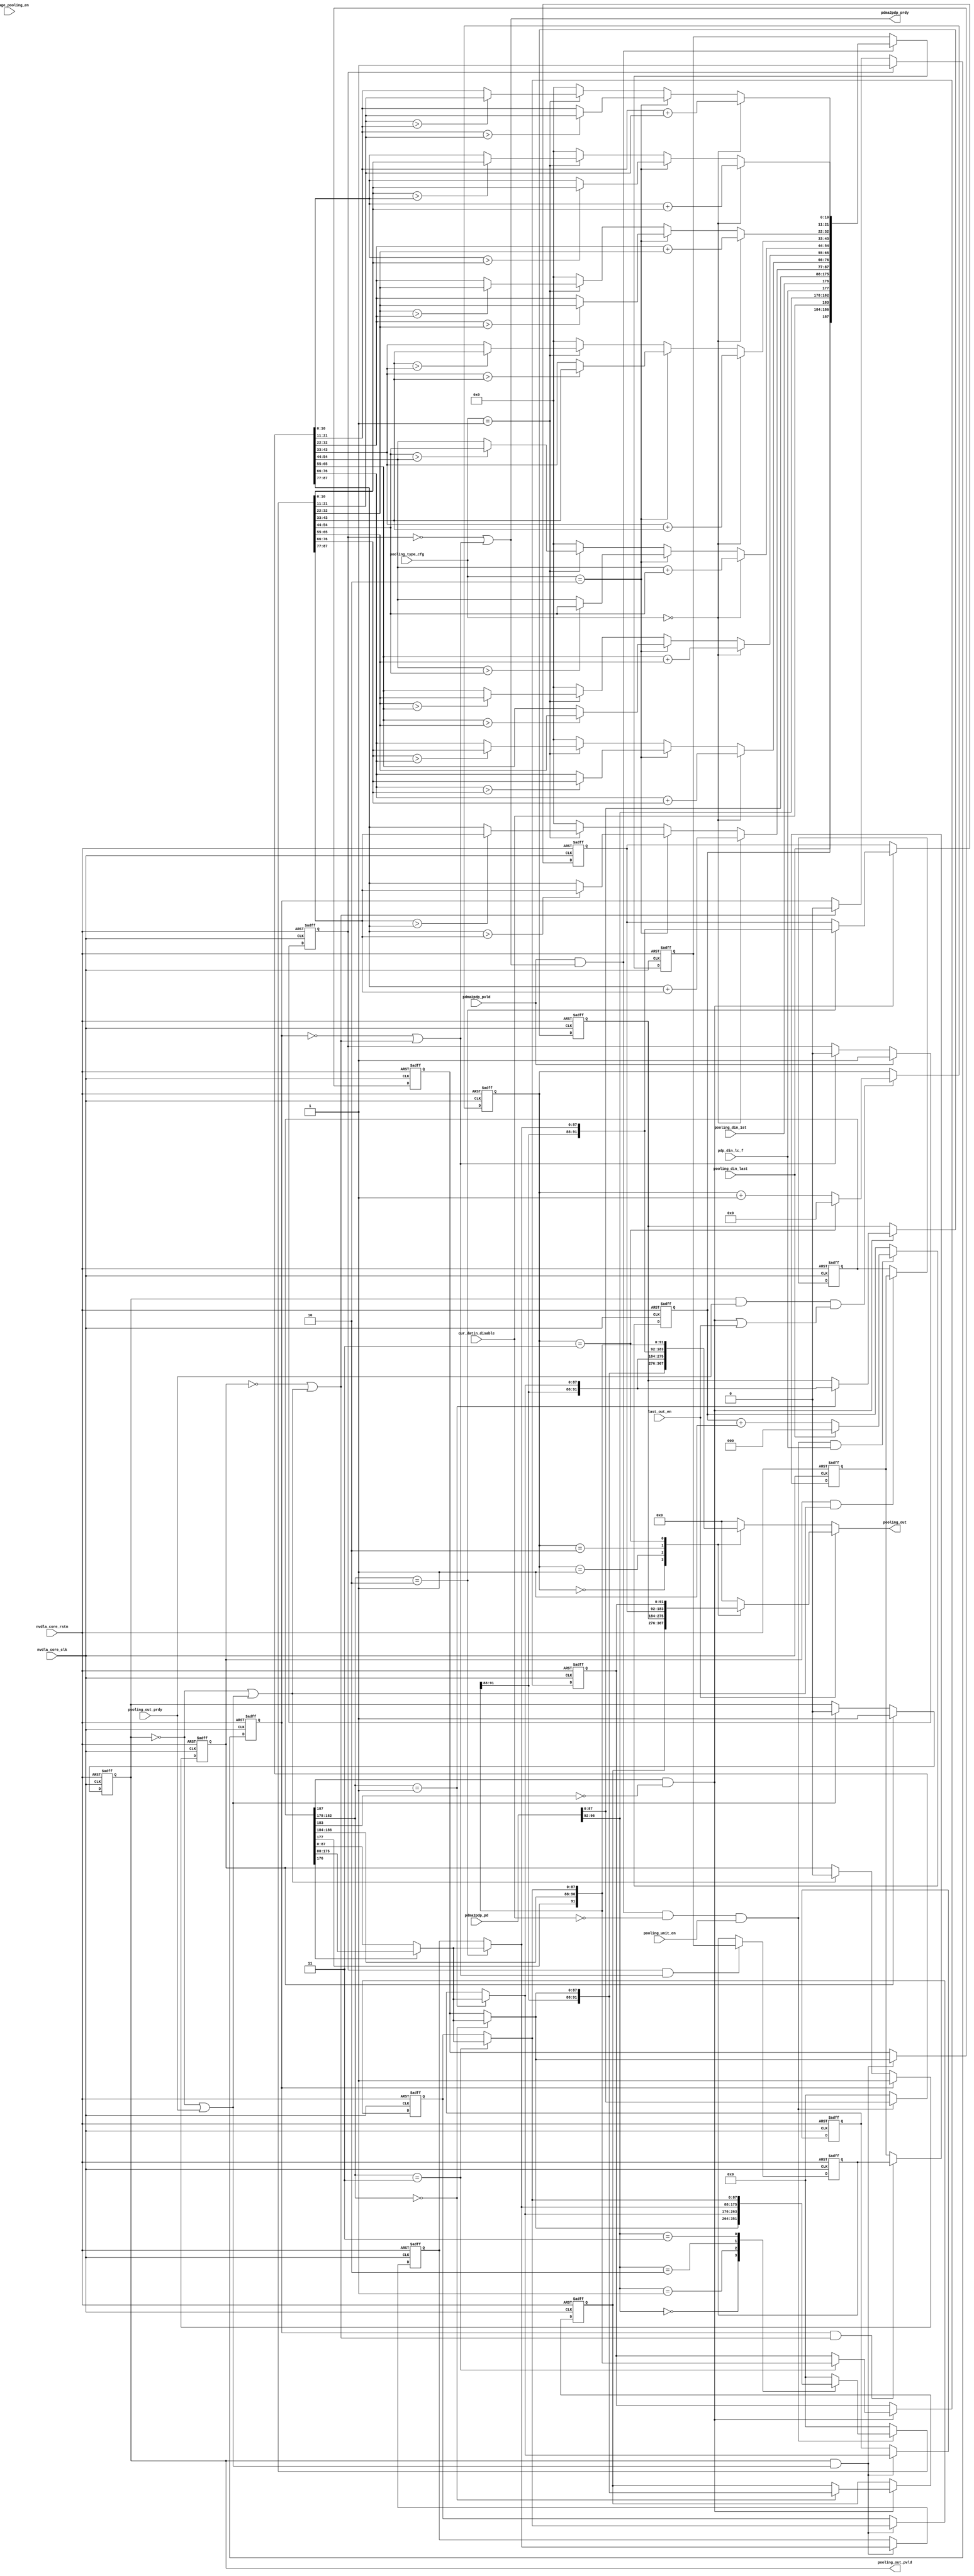
// ================================================================
// NVDLA Open Source Project
//
// Copyright(c) 2016 - 2017 NVIDIA Corporation. Licensed under the
// NVDLA Open Hardware License; Check "LICENSE" which comes with
// this distribution for more information.
// ================================================================
// ================================================================
// NVDLA Open Source Project
// 
// Copyright(c) 2016 - 2017 NVIDIA Corporation.  Licensed under the
// NVDLA Open Hardware License; Check "LICENSE" which comes with 
// this distribution for more information.
// ================================================================
/////////////////////////////////////////////////////////////
/////////////////////////////////////////////////////////////
//#ifdef NVDLA_FEATURE_DATA_TYPE_INT8
//#if ( NVDLA_PDP_THROUGHPUT  ==  8 )
//    #define LARGE_FIFO_RAM
//#endif
//#if ( NVDLA_PDP_THROUGHPUT == 1 )
//    #define SMALL_FIFO_RAM
//#endif
//#endif
module NV_NVDLA_PDP_CORE_unit1d (
   nvdla_core_clk //|< i
  ,nvdla_core_rstn //|< i
  ,average_pooling_en //|< i
  ,cur_datin_disable //|< i
  ,last_out_en //|< i
  ,pdma2pdp_pd //|< i
  ,pdma2pdp_pvld //|< i
  ,pdp_din_lc_f //|< i
  ,pooling_din_1st //|< i
  ,pooling_din_last //|< i
  ,pooling_out_prdy //|< i
  ,pooling_type_cfg //|< i
  ,pooling_unit_en //|< i
// ,reg2dp_int16_en //|< i
// ,reg2dp_int8_en //|< i
  ,pdma2pdp_prdy //|> o
  ,pooling_out //|> o
  ,pooling_out_pvld //|> o
  );
//////////////////////////////////////////////////////////////////////////////////
input nvdla_core_clk;
input nvdla_core_rstn;
input average_pooling_en;
input cur_datin_disable;
input last_out_en;
input [8*(8 +3)+8:0] pdma2pdp_pd;
input pdma2pdp_pvld;
input pdp_din_lc_f;
input pooling_din_1st;
input pooling_din_last;
input pooling_out_prdy;
input [1:0] pooling_type_cfg;
input pooling_unit_en;
//input reg2dp_int16_en;
//input reg2dp_int8_en;
output pdma2pdp_prdy;
output [8*(8 +3)+3:0] pooling_out;
output pooling_out_pvld;
//////////////////////////////////////////////////////////////////////////////////
wire add_out_rdy;
wire add_out_vld;
wire [4:0] buf_sel;
wire [4:0] buf_sel_sync;
wire [4:0] buf_sel_sync_use;
wire [4:0] buf_sel_sync_use_d4;
wire cur_datin_disable_sync;
wire cur_datin_disable_sync_use;
wire cur_datin_disable_sync_use_d4;
wire data_buf_lc;
wire data_buf_lc_d4;
wire [8*(8 +3)-1:0] datain_ext;
wire [8*(8 +3)-1:0] datain_ext_sync;
//wire [16:0] fp16_pool_sum_0;
//wire [16:0] fp16_pool_sum_1;
//wire [16:0] fp16_pool_sum_2;
//wire [16:0] fp16_pool_sum_3;
//wire fp16_pool_sum_prdy;
//wire fp16_pool_sum_pvld;
//wire fp_addin_rdy;
//wire fp_addin_vld;
//wire [87:0] fp_cur_pooling_dat;
//wire [87:0] fp_datain_ext;
//wire fp_mean_pool_cfg;
//wire [67:0] fp_pool_sum;
//wire [67:0] fp_pool_sum_result0;
//wire [67:0] fp_pool_sum_result1;
//wire [67:0] fp_pool_sum_result2;
//wire [67:0] fp_pool_sum_result3;
//wire [87:0] fp_pool_sum_use0;
//wire [87:0] fp_pool_sum_use1;
//wire [87:0] fp_pool_sum_use2;
//wire [87:0] fp_pool_sum_use3;
wire [8*(8 +3)-1:0] int_pool_cur_dat;
wire [8*(8 +3)-1:0] int_pool_datin_ext;
wire [8*(8 +3)-1:0] int_pooling;
wire [8*(8 +3)-1:0] int_pooling_sync;
wire load_din;
wire pdma2pdp_prdy_f;
wire [4:0] pdp_din_cpos;
wire pdp_din_lc_f_sync;
wire [3:0] pdp_din_wpos;
wire pipe_in_rdy;
wire pipe_out_rdy;
wire pipe_out_vld;
wire pool_fun_vld;
wire pooling_din_1st_sync;
wire pooling_din_last_sync;
wire pooling_din_last_sync_use;
wire pooling_din_last_sync_use_d4;
wire [2:0] pooling_out_size;
wire [2:0] pooling_out_size_sync;
wire [2:0] pooling_out_size_sync_use;
wire [2:0] pooling_out_size_sync_use_d4;
wire pooling_out_vld;
wire [8*(8 +3)-1:0] pooling_result;
reg [8*(8 +3)-1:0] cur_pooling_dat;
//reg [67:0] fp_pool_sum_result0_d3;
//reg [67:0] fp_pool_sum_result0_d4;
//reg [67:0] fp_pool_sum_result1_d3;
//reg [67:0] fp_pool_sum_result1_d4;
//reg [67:0] fp_pool_sum_result2_d3;
//reg [67:0] fp_pool_sum_result2_d4;
//reg [67:0] fp_pool_sum_result3_d3;
//reg [67:0] fp_pool_sum_result3_d4;
//: my $bw = 8*(8 +3);
//: my $k = int(32 / 8);
//: foreach my $m (0..$k-1) {
//: print "reg     [${bw}-1:0] latch_result${m}_d3; \n";
//: print "reg     [${bw}+3:0] flush_out${m}; \n";
//: print "wire    [${bw}-1:0] data_buf${m}; \n";
//: print "wire    [${bw}-1:0] latch_result${m}; \n";
//: print "wire    [${bw}-1:0] latch_result${m}_d4; \n";
//: }
//| eperl: generated_beg (DO NOT EDIT BELOW)
reg     [88-1:0] latch_result0_d3; 
reg     [88+3:0] flush_out0; 
wire    [88-1:0] data_buf0; 
wire    [88-1:0] latch_result0; 
wire    [88-1:0] latch_result0_d4; 
reg     [88-1:0] latch_result1_d3; 
reg     [88+3:0] flush_out1; 
wire    [88-1:0] data_buf1; 
wire    [88-1:0] latch_result1; 
wire    [88-1:0] latch_result1_d4; 
reg     [88-1:0] latch_result2_d3; 
reg     [88+3:0] flush_out2; 
wire    [88-1:0] data_buf2; 
wire    [88-1:0] latch_result2; 
wire    [88-1:0] latch_result2_d4; 
reg     [88-1:0] latch_result3_d3; 
reg     [88+3:0] flush_out3; 
wire    [88-1:0] data_buf3; 
wire    [88-1:0] latch_result3; 
wire    [88-1:0] latch_result3_d4; 

//| eperl: generated_end (DO NOT EDIT ABOVE)
reg [4:0] pooling_cnt;
reg [8*(8 +3)+3:0] pooling_out;
reg [2:0] pooling_size;
//////////////////////////////////////////////////////////////////////////////////
//=======================================================
//1D pooling unit
//-------------------------------------------------------
//assign fp_mean_pool_cfg = (reg2dp_fp16_en & average_pooling_en);
// interface
assign pdp_din_wpos = pdma2pdp_pd[8*(8 +3)+3:8*(8 +3)];
assign pdp_din_cpos = pdma2pdp_pd[8*(8 +3)+8:8*(8 +3)+4];
assign buf_sel = pdp_din_cpos;
assign load_din = pdma2pdp_pvld & pdma2pdp_prdy_f & (~cur_datin_disable) & pooling_unit_en;
assign pdma2pdp_prdy_f = pipe_in_rdy;
assign pdma2pdp_prdy = pdma2pdp_prdy_f;
//=========================================================
//POOLING FUNCTION DEFINITION
//
//---- -----------------------------------------------------
//: my $k = 8 +3;
//: print qq(
//: function [${k}-1:0] pooling_MIN;
//: input[${k}-1:0] data0;
//: input[${k}-1:0] data1;
//: );
//| eperl: generated_beg (DO NOT EDIT BELOW)

function [11-1:0] pooling_MIN;
input[11-1:0] data0;
input[11-1:0] data1;

//| eperl: generated_end (DO NOT EDIT ABOVE)
   reg min_int_ff;
  begin
      min_int_ff = ($signed(data1)> $signed(data0)) ;
      pooling_MIN = (min_int_ff ) ? data0 : data1;
  end
 endfunction
//: my $k = 8 +3;
//: print qq(
//: function [${k}-1:0] pooling_MAX;
//: input[${k}-1:0] data0;
//: input[${k}-1:0] data1;
//: );
//| eperl: generated_beg (DO NOT EDIT BELOW)

function [11-1:0] pooling_MAX;
input[11-1:0] data0;
input[11-1:0] data1;

//| eperl: generated_end (DO NOT EDIT ABOVE)
      reg max_int_ff;
      begin
      max_int_ff = ($signed(data0)> $signed(data1)) ;
      pooling_MAX = (max_int_ff ) ? data0 : data1;
  end
 endfunction
//: my $k = 8 +3;
//: print qq(
//: function [${k}-1:0] pooling_SUM;
//: input[${k}-1:0] data0;
//: input[${k}-1:0] data1;
//: );
//| eperl: generated_beg (DO NOT EDIT BELOW)

function [11-1:0] pooling_SUM;
input[11-1:0] data0;
input[11-1:0] data1;

//| eperl: generated_end (DO NOT EDIT ABOVE)
   begin
//spyglass disable_block W484
      pooling_SUM = $signed(data1) + $signed(data0);
//spyglass enable_block W484
  end
 endfunction
//pooling result
//: my $k = 8*(8 +3);
//: print qq(
//: function [${k}-1:0] pooling_fun;
//: input[${k}-1:0] data0;
//: input[${k}-1:0] data1;
//: );
//| eperl: generated_beg (DO NOT EDIT BELOW)

function [88-1:0] pooling_fun;
input[88-1:0] data0;
input[88-1:0] data1;

//| eperl: generated_end (DO NOT EDIT ABOVE)
  input[1:0] pooling_type;
  reg min_pooling;
  reg max_pooling;
  reg mean_pooling;
  begin
     min_pooling = (pooling_type== 2'h2 );
     max_pooling = (pooling_type== 2'h1 );
     mean_pooling = (pooling_type== 2'h0 );
//: my $K = 8;
//: my $P = (8 +3);
//: foreach my $m (0..$K-1) {
//: print qq(
//: pooling_fun[${P}*${m}+${P}-1:${P}*${m}] = mean_pooling? pooling_SUM(data0[${P}*${m}+${P}-1:${P}*${m}],data1[${P}*${m}+${P}-1:${P}*${m}]) :
//: min_pooling ? (pooling_MIN(data0[${P}*${m}+${P}-1:${P}*${m}],data1[${P}*${m}+${P}-1:${P}*${m}])) :
//: max_pooling ? (pooling_MAX(data0[${P}*${m}+${P}-1:${P}*${m}],data1[${P}*${m}+${P}-1:${P}*${m}])) : 0;
//: );
//: }
//| eperl: generated_beg (DO NOT EDIT BELOW)

pooling_fun[11*0+11-1:11*0] = mean_pooling? pooling_SUM(data0[11*0+11-1:11*0],data1[11*0+11-1:11*0]) :
min_pooling ? (pooling_MIN(data0[11*0+11-1:11*0],data1[11*0+11-1:11*0])) :
max_pooling ? (pooling_MAX(data0[11*0+11-1:11*0],data1[11*0+11-1:11*0])) : 0;

pooling_fun[11*1+11-1:11*1] = mean_pooling? pooling_SUM(data0[11*1+11-1:11*1],data1[11*1+11-1:11*1]) :
min_pooling ? (pooling_MIN(data0[11*1+11-1:11*1],data1[11*1+11-1:11*1])) :
max_pooling ? (pooling_MAX(data0[11*1+11-1:11*1],data1[11*1+11-1:11*1])) : 0;

pooling_fun[11*2+11-1:11*2] = mean_pooling? pooling_SUM(data0[11*2+11-1:11*2],data1[11*2+11-1:11*2]) :
min_pooling ? (pooling_MIN(data0[11*2+11-1:11*2],data1[11*2+11-1:11*2])) :
max_pooling ? (pooling_MAX(data0[11*2+11-1:11*2],data1[11*2+11-1:11*2])) : 0;

pooling_fun[11*3+11-1:11*3] = mean_pooling? pooling_SUM(data0[11*3+11-1:11*3],data1[11*3+11-1:11*3]) :
min_pooling ? (pooling_MIN(data0[11*3+11-1:11*3],data1[11*3+11-1:11*3])) :
max_pooling ? (pooling_MAX(data0[11*3+11-1:11*3],data1[11*3+11-1:11*3])) : 0;

pooling_fun[11*4+11-1:11*4] = mean_pooling? pooling_SUM(data0[11*4+11-1:11*4],data1[11*4+11-1:11*4]) :
min_pooling ? (pooling_MIN(data0[11*4+11-1:11*4],data1[11*4+11-1:11*4])) :
max_pooling ? (pooling_MAX(data0[11*4+11-1:11*4],data1[11*4+11-1:11*4])) : 0;

pooling_fun[11*5+11-1:11*5] = mean_pooling? pooling_SUM(data0[11*5+11-1:11*5],data1[11*5+11-1:11*5]) :
min_pooling ? (pooling_MIN(data0[11*5+11-1:11*5],data1[11*5+11-1:11*5])) :
max_pooling ? (pooling_MAX(data0[11*5+11-1:11*5],data1[11*5+11-1:11*5])) : 0;

pooling_fun[11*6+11-1:11*6] = mean_pooling? pooling_SUM(data0[11*6+11-1:11*6],data1[11*6+11-1:11*6]) :
min_pooling ? (pooling_MIN(data0[11*6+11-1:11*6],data1[11*6+11-1:11*6])) :
max_pooling ? (pooling_MAX(data0[11*6+11-1:11*6],data1[11*6+11-1:11*6])) : 0;

pooling_fun[11*7+11-1:11*7] = mean_pooling? pooling_SUM(data0[11*7+11-1:11*7],data1[11*7+11-1:11*7]) :
min_pooling ? (pooling_MIN(data0[11*7+11-1:11*7],data1[11*7+11-1:11*7])) :
max_pooling ? (pooling_MAX(data0[11*7+11-1:11*7],data1[11*7+11-1:11*7])) : 0;

//| eperl: generated_end (DO NOT EDIT ABOVE)
  end
endfunction
//=========================================================
// pooling real size
//
//---------------------------------------------------------
always @(posedge nvdla_core_clk or negedge nvdla_core_rstn) begin
  if (!nvdla_core_rstn) begin
    pooling_size[2:0] <= {3{1'b0}};
  end else begin
    if(load_din & pdp_din_lc_f) begin
        if(pooling_din_last)
            pooling_size[2:0] <= 3'd0;
        else
            pooling_size[2:0] <= pooling_size + 1;
    end
  end
end
assign pooling_out_size = pooling_size;
////====================================================================
//// pooling data 
////
////--------------------------------------------------------------------
assign datain_ext = pdma2pdp_pd[8*(8 +3)-1:0];
always @(*) begin
    case(buf_sel)
//: my $k = int(32 / 8);
//: foreach my $m (0..$k-1) {
//: print "5'd${m}:   cur_pooling_dat = data_buf${m}; \n";
//: }
//| eperl: generated_beg (DO NOT EDIT BELOW)
5'd0:   cur_pooling_dat = data_buf0; 
5'd1:   cur_pooling_dat = data_buf1; 
5'd2:   cur_pooling_dat = data_buf2; 
5'd3:   cur_pooling_dat = data_buf3; 

//| eperl: generated_end (DO NOT EDIT ABOVE)
//VCS coverage off
       default: cur_pooling_dat = 0;
//VCS coverage on
    endcase
end
//--------------------------------------------------------------------
//pooling function for fp16 average mode
//assign fp_datain_ext = datain_ext[87:0] ;
//assign fp_cur_pooling_dat = cur_pooling_dat[87:0];
//
//assign fp_addin_vld = pdma2pdp_pvld & pipe_in_rdy & fp_mean_pool_cfg;
//cal1d_fp16_pool_sum u_cal1d_fp16_pool_sum (
// .inp_a_0 (fp_cur_pooling_dat[16:0]) //|< w
// ,.inp_a_1 (fp_cur_pooling_dat[38:22]) //|< w
// ,.inp_a_2 (fp_cur_pooling_dat[60:44]) //|< w
// ,.inp_a_3 (fp_cur_pooling_dat[82:66]) //|< w
// ,.inp_b_0 (fp_datain_ext[16:0]) //|< w
// ,.inp_b_1 (fp_datain_ext[38:22]) //|< w
// ,.inp_b_2 (fp_datain_ext[60:44]) //|< w
// ,.inp_b_3 (fp_datain_ext[82:66]) //|< w
// ,.inp_in_pvld (fp_addin_vld) //|< w
// ,.inp_out_prdy (fp16_pool_sum_prdy) //|< w
// ,.nvdla_core_rstn (nvdla_core_rstn) //|< i
// ,.nvdla_op_gated_clk_fp16 (nvdla_op_gated_clk_fp16) //|< i
// ,.inp_in_prdy (fp_addin_rdy) //|> w
// ,.inp_out_pvld (fp16_pool_sum_pvld) //|> w
// ,.out_z_0 (fp16_pool_sum_0[16:0]) //|> w
// ,.out_z_1 (fp16_pool_sum_1[16:0]) //|> w
// ,.out_z_2 (fp16_pool_sum_2[16:0]) //|> w
// ,.out_z_3 (fp16_pool_sum_3[16:0]) //|> w
// );
//assign fp_pool_sum = {fp16_pool_sum_3,fp16_pool_sum_2,fp16_pool_sum_1,fp16_pool_sum_0};
////////////////////
//below value 4 means NVDLA_HLS_ADD17_LATENCY
//: my $STAGE = 4;
//: my $WID = 8*(8 +3)*2 + 12;
//: print qq(
//: wire [${WID}-1:0] pipe_out_pd;
//: wire [${WID}-1:0] pipe_dp_0;
//: wire pipe_vld_0;
//: wire pipe_rdy_$STAGE;
//: assign pipe_vld_0 = pdma2pdp_pvld;
//: assign pipe_dp_0 = {pooling_din_last,pooling_out_size[2:0],cur_datin_disable,buf_sel[4:0],pdp_din_lc_f,pooling_din_1st,datain_ext,int_pooling};
//: );
//: foreach my $m (0..$STAGE-1) {
//: my $n = $m+1;
//: print qq(
//: wire pipe_rdy_$m;
//: reg pipe_vld_$n;
//: reg [$WID-1:0] pipe_dp_$n;
//: );
//: }
//: foreach my $m (0..$STAGE-1) {
//: my $n = $m+1;
//: print qq(
//: assign pipe_rdy_$m = ~pipe_vld_$n || pipe_rdy_$n;
//: always @(posedge nvdla_core_clk or negedge nvdla_core_rstn)
//: begin
//: if (!nvdla_core_rstn)
//: pipe_vld_$n <= 1'b0;
//: else if(pipe_vld_$m)
//: pipe_vld_$n <= 1'b1;
//: else if(pipe_rdy_$n)
//: pipe_vld_$n <= 1'b0;
//: end
//: always @(posedge nvdla_core_clk or negedge nvdla_core_rstn)
//: begin
//: if (!nvdla_core_rstn)
//: pipe_dp_$n <= ${WID}'d0;
//: else if(pipe_vld_${m} & pipe_rdy_${m})
//: pipe_dp_$n <= pipe_dp_$m;
//: end
//: );
//: }
//: print qq(
//: assign pipe_rdy_$STAGE = pipe_out_rdy;
//: assign pipe_out_vld = pipe_vld_$STAGE;
//: assign pipe_out_pd = pipe_dp_$STAGE;
//: );
//| eperl: generated_beg (DO NOT EDIT BELOW)

wire [188-1:0] pipe_out_pd;
wire [188-1:0] pipe_dp_0;
wire pipe_vld_0;
wire pipe_rdy_4;
assign pipe_vld_0 = pdma2pdp_pvld;
assign pipe_dp_0 = {pooling_din_last,pooling_out_size[2:0],cur_datin_disable,buf_sel[4:0],pdp_din_lc_f,pooling_din_1st,datain_ext,int_pooling};

wire pipe_rdy_0;
reg pipe_vld_1;
reg [188-1:0] pipe_dp_1;

wire pipe_rdy_1;
reg pipe_vld_2;
reg [188-1:0] pipe_dp_2;

wire pipe_rdy_2;
reg pipe_vld_3;
reg [188-1:0] pipe_dp_3;

wire pipe_rdy_3;
reg pipe_vld_4;
reg [188-1:0] pipe_dp_4;

assign pipe_rdy_0 = ~pipe_vld_1 || pipe_rdy_1;
always @(posedge nvdla_core_clk or negedge nvdla_core_rstn)
begin
if (!nvdla_core_rstn)
pipe_vld_1 <= 1'b0;
else if(pipe_vld_0)
pipe_vld_1 <= 1'b1;
else if(pipe_rdy_1)
pipe_vld_1 <= 1'b0;
end
always @(posedge nvdla_core_clk or negedge nvdla_core_rstn)
begin
if (!nvdla_core_rstn)
pipe_dp_1 <= 188'd0;
else if(pipe_vld_0 & pipe_rdy_0)
pipe_dp_1 <= pipe_dp_0;
end

assign pipe_rdy_1 = ~pipe_vld_2 || pipe_rdy_2;
always @(posedge nvdla_core_clk or negedge nvdla_core_rstn)
begin
if (!nvdla_core_rstn)
pipe_vld_2 <= 1'b0;
else if(pipe_vld_1)
pipe_vld_2 <= 1'b1;
else if(pipe_rdy_2)
pipe_vld_2 <= 1'b0;
end
always @(posedge nvdla_core_clk or negedge nvdla_core_rstn)
begin
if (!nvdla_core_rstn)
pipe_dp_2 <= 188'd0;
else if(pipe_vld_1 & pipe_rdy_1)
pipe_dp_2 <= pipe_dp_1;
end

assign pipe_rdy_2 = ~pipe_vld_3 || pipe_rdy_3;
always @(posedge nvdla_core_clk or negedge nvdla_core_rstn)
begin
if (!nvdla_core_rstn)
pipe_vld_3 <= 1'b0;
else if(pipe_vld_2)
pipe_vld_3 <= 1'b1;
else if(pipe_rdy_3)
pipe_vld_3 <= 1'b0;
end
always @(posedge nvdla_core_clk or negedge nvdla_core_rstn)
begin
if (!nvdla_core_rstn)
pipe_dp_3 <= 188'd0;
else if(pipe_vld_2 & pipe_rdy_2)
pipe_dp_3 <= pipe_dp_2;
end

assign pipe_rdy_3 = ~pipe_vld_4 || pipe_rdy_4;
always @(posedge nvdla_core_clk or negedge nvdla_core_rstn)
begin
if (!nvdla_core_rstn)
pipe_vld_4 <= 1'b0;
else if(pipe_vld_3)
pipe_vld_4 <= 1'b1;
else if(pipe_rdy_4)
pipe_vld_4 <= 1'b0;
end
always @(posedge nvdla_core_clk or negedge nvdla_core_rstn)
begin
if (!nvdla_core_rstn)
pipe_dp_4 <= 188'd0;
else if(pipe_vld_3 & pipe_rdy_3)
pipe_dp_4 <= pipe_dp_3;
end

assign pipe_rdy_4 = pipe_out_rdy;
assign pipe_out_vld = pipe_vld_4;
assign pipe_out_pd = pipe_dp_4;

//| eperl: generated_end (DO NOT EDIT ABOVE)
assign pipe_in_rdy = pipe_rdy_0;
//////::dla_pipe -stages NVDLA_HLS_ADD17_LATENCY -i pipe_in -o pipe_out -width 185;
assign pipe_out_rdy = add_out_rdy;
//assign fp16_pool_sum_prdy = fp_mean_pool_cfg & add_out_rdy & pipe_out_vld;
assign add_out_vld = pipe_out_vld;
assign add_out_rdy = ~pooling_out_vld | pooling_out_prdy;
////////////////////
assign int_pooling_sync = pipe_out_pd[8*(8 +3)-1:0];
assign datain_ext_sync = pipe_out_pd[8*(8 +3)*2-1:8*(8 +3)];
assign pooling_din_1st_sync = pipe_out_pd[8*(8 +3)*2];
assign pdp_din_lc_f_sync = pipe_out_pd[8*(8 +3)*2+1];
assign buf_sel_sync = pipe_out_pd[8*(8 +3)*2+6:8*(8 +3)*2+2];
assign cur_datin_disable_sync= pipe_out_pd[8*(8 +3)*2+7];
assign pooling_out_size_sync = pipe_out_pd[8*(8 +3)*2+10:8*(8 +3)*2+8];
assign pooling_din_last_sync = pipe_out_pd[8*(8 +3)*2+11];
////////////////////
////for NVDLA_HLS_ADD17_LATENCY==3
//always @(posedge nvdla_core_clk or negedge nvdla_core_rstn) begin
// if (!nvdla_core_rstn) begin
// fp_pool_sum_result0_d3 <= {68{1'b0}};
// fp_pool_sum_result1_d3 <= {68{1'b0}};
// fp_pool_sum_result2_d3 <= {68{1'b0}};
// fp_pool_sum_result3_d3 <= {68{1'b0}};
// end else begin
// if(add_out_vld & add_out_rdy) begin
// if(pooling_din_1st_sync) begin
// case(buf_sel_sync)
// 2'd0: fp_pool_sum_result0_d3 <= {datain_ext_sync[82:66],datain_ext_sync[60:44],datain_ext_sync[38:22],datain_ext_sync[16:0]};
// 2'd1: fp_pool_sum_result1_d3 <= {datain_ext_sync[82:66],datain_ext_sync[60:44],datain_ext_sync[38:22],datain_ext_sync[16:0]};
// 2'd2: fp_pool_sum_result2_d3 <= {datain_ext_sync[82:66],datain_ext_sync[60:44],datain_ext_sync[38:22],datain_ext_sync[16:0]};
// 2'd3: fp_pool_sum_result3_d3 <= {datain_ext_sync[82:66],datain_ext_sync[60:44],datain_ext_sync[38:22],datain_ext_sync[16:0]};
// //VCS coverage off
// default: begin
// fp_pool_sum_result0_d3 <= fp_pool_sum_result0_d3;
// fp_pool_sum_result1_d3 <= fp_pool_sum_result1_d3;
// fp_pool_sum_result2_d3 <= fp_pool_sum_result2_d3;
// fp_pool_sum_result3_d3 <= fp_pool_sum_result3_d3;
// end
// //VCS coverage on
// endcase
// end else begin
// case(buf_sel_sync)
// 2'd0: fp_pool_sum_result0_d3 <= fp_pool_sum;
// 2'd1: fp_pool_sum_result1_d3 <= fp_pool_sum;
// 2'd2: fp_pool_sum_result2_d3 <= fp_pool_sum;
// 2'd3: fp_pool_sum_result3_d3 <= fp_pool_sum;
// //VCS coverage off
// default: begin
// fp_pool_sum_result0_d3 <= fp_pool_sum_result0_d3;
// fp_pool_sum_result1_d3 <= fp_pool_sum_result1_d3;
// fp_pool_sum_result2_d3 <= fp_pool_sum_result2_d3;
// fp_pool_sum_result3_d3 <= fp_pool_sum_result3_d3;
// end
// //VCS coverage on
// endcase
// end
// end
// end
//end
//
////for NVDLA_HLS_ADD17_LATENCY==4
//always @(
// pooling_din_1st_sync
// or buf_sel_sync
// or datain_ext_sync
// or fp_pool_sum_result0_d3
// or fp_pool_sum_result1_d3
// or fp_pool_sum_result2_d3
// or fp_pool_sum_result3_d3
// or fp_pool_sum
// ) begin
// if(pooling_din_1st_sync) begin
// fp_pool_sum_result0_d4 = (buf_sel_sync==2'd0)? {datain_ext_sync[82:66],datain_ext_sync[60:44],datain_ext_sync[38:22],datain_ext_sync[16:0]} : fp_pool_sum_result0_d3;
// fp_pool_sum_result1_d4 = (buf_sel_sync==2'd1)? {datain_ext_sync[82:66],datain_ext_sync[60:44],datain_ext_sync[38:22],datain_ext_sync[16:0]} : fp_pool_sum_result1_d3;
// fp_pool_sum_result2_d4 = (buf_sel_sync==2'd2)? {datain_ext_sync[82:66],datain_ext_sync[60:44],datain_ext_sync[38:22],datain_ext_sync[16:0]} : fp_pool_sum_result2_d3;
// fp_pool_sum_result3_d4 = (buf_sel_sync==2'd3)? {datain_ext_sync[82:66],datain_ext_sync[60:44],datain_ext_sync[38:22],datain_ext_sync[16:0]} : fp_pool_sum_result3_d3;
// end else begin
// fp_pool_sum_result0_d4 = (buf_sel_sync==2'd0)? fp_pool_sum : fp_pool_sum_result0_d3;
// fp_pool_sum_result1_d4 = (buf_sel_sync==2'd1)? fp_pool_sum : fp_pool_sum_result1_d3;
// fp_pool_sum_result2_d4 = (buf_sel_sync==2'd2)? fp_pool_sum : fp_pool_sum_result2_d3;
// fp_pool_sum_result3_d4 = (buf_sel_sync==2'd3)? fp_pool_sum : fp_pool_sum_result3_d3;
// end
//end
//
//assign fp_pool_sum_result0 = fp_pool_sum_result0_d4;
//assign fp_pool_sum_result1 = fp_pool_sum_result1_d4;
//assign fp_pool_sum_result2 = fp_pool_sum_result2_d4;
//assign fp_pool_sum_result3 = fp_pool_sum_result3_d4;
//
//assign fp_pool_sum_use0 = {5'd0,fp_pool_sum_result0[67:51],5'd0,fp_pool_sum_result0[50:34],5'd0,fp_pool_sum_result0[33:17],5'd0,fp_pool_sum_result0[16:0]};
//assign fp_pool_sum_use1 = {5'd0,fp_pool_sum_result1[67:51],5'd0,fp_pool_sum_result1[50:34],5'd0,fp_pool_sum_result1[33:17],5'd0,fp_pool_sum_result1[16:0]};
//assign fp_pool_sum_use2 = {5'd0,fp_pool_sum_result2[67:51],5'd0,fp_pool_sum_result2[50:34],5'd0,fp_pool_sum_result2[33:17],5'd0,fp_pool_sum_result2[16:0]};
//assign fp_pool_sum_use3 = {5'd0,fp_pool_sum_result3[67:51],5'd0,fp_pool_sum_result3[50:34],5'd0,fp_pool_sum_result3[33:17],5'd0,fp_pool_sum_result3[16:0]};
//////////////////////////
assign pool_fun_vld = load_din;
assign int_pool_datin_ext = pool_fun_vld ? datain_ext : 0;
assign int_pool_cur_dat = pool_fun_vld ? cur_pooling_dat : 0;
assign int_pooling = pooling_fun(int_pool_cur_dat, int_pool_datin_ext,pooling_type_cfg[1:0]);
assign pooling_result = (pooling_din_1st_sync ? datain_ext_sync : int_pooling_sync);
//--------------------------------------------------------------------
//for NVDLA_HLS_ADD17_LATENCY==3
always @(posedge nvdla_core_clk or negedge nvdla_core_rstn) begin
  if (!nvdla_core_rstn) begin
//: my $k = int(32 / 8);
//: foreach my $m (0..$k-1) {
//: print "latch_result${m}_d3 <= 0; \n";
//: }
//| eperl: generated_beg (DO NOT EDIT BELOW)
latch_result0_d3 <= 0; 
latch_result1_d3 <= 0; 
latch_result2_d3 <= 0; 
latch_result3_d3 <= 0; 

//| eperl: generated_end (DO NOT EDIT ABOVE)
  end else begin
    if(add_out_vld & add_out_rdy) begin
        case(buf_sel_sync)
//: my $k = int(32 / 8);
//: foreach my $m (0..$k-1) {
//: print "5'd${m}: latch_result${m}_d3 <= pooling_result; \n";
//: }
//| eperl: generated_beg (DO NOT EDIT BELOW)
5'd0: latch_result0_d3 <= pooling_result; 
5'd1: latch_result1_d3 <= pooling_result; 
5'd2: latch_result2_d3 <= pooling_result; 
5'd3: latch_result3_d3 <= pooling_result; 

//| eperl: generated_end (DO NOT EDIT ABOVE)
//VCS coverage off
            default: begin
//: my $k = int(32 / 8);
//: foreach my $m (0..$k-1) {
//: print "latch_result${m}_d3 <= latch_result${m}_d3; \n";
//: }
//| eperl: generated_beg (DO NOT EDIT BELOW)
latch_result0_d3 <= latch_result0_d3; 
latch_result1_d3 <= latch_result1_d3; 
latch_result2_d3 <= latch_result2_d3; 
latch_result3_d3 <= latch_result3_d3; 

//| eperl: generated_end (DO NOT EDIT ABOVE)
            end
//VCS coverage on
        endcase
    end
  end
end
//for NVDLA_HLS_ADD17_LATENCY==4
assign pooling_out_size_sync_use_d4 = pooling_out_size_sync;
assign pooling_din_last_sync_use_d4 = pooling_din_last_sync;
assign buf_sel_sync_use_d4 = buf_sel_sync;
assign cur_datin_disable_sync_use_d4 = cur_datin_disable_sync;
assign data_buf_lc_d4 = pdp_din_lc_f_sync;
//: my $k = int(32 / 8);
//: foreach my $m (0..$k-1) {
//: print "assign latch_result${m}_d4 = (buf_sel_sync==5'd$m)? pooling_result : latch_result${m}_d3; \n";
//: print "assign latch_result$m = latch_result${m}_d4; \n";
//: print "assign data_buf$m = latch_result$m ; \n";
//: }
//| eperl: generated_beg (DO NOT EDIT BELOW)
assign latch_result0_d4 = (buf_sel_sync==5'd0)? pooling_result : latch_result0_d3; 
assign latch_result0 = latch_result0_d4; 
assign data_buf0 = latch_result0 ; 
assign latch_result1_d4 = (buf_sel_sync==5'd1)? pooling_result : latch_result1_d3; 
assign latch_result1 = latch_result1_d4; 
assign data_buf1 = latch_result1 ; 
assign latch_result2_d4 = (buf_sel_sync==5'd2)? pooling_result : latch_result2_d3; 
assign latch_result2 = latch_result2_d4; 
assign data_buf2 = latch_result2 ; 
assign latch_result3_d4 = (buf_sel_sync==5'd3)? pooling_result : latch_result3_d3; 
assign latch_result3 = latch_result3_d4; 
assign data_buf3 = latch_result3 ; 

//| eperl: generated_end (DO NOT EDIT ABOVE)
//==========
//info select
assign pooling_out_size_sync_use = /*(NVDLA_HLS_ADD17_LATENCY == 4) ?*/ pooling_out_size_sync_use_d4 /* : pooling_out_size_sync_use_d3 */;
assign pooling_din_last_sync_use = /*(NVDLA_HLS_ADD17_LATENCY == 4) ?*/ pooling_din_last_sync_use_d4 /* : pooling_din_last_sync_use_d3 */;
assign buf_sel_sync_use = /*(NVDLA_HLS_ADD17_LATENCY == 4) ?*/ buf_sel_sync_use_d4 /* : buf_sel_sync_use_d3          */;
assign cur_datin_disable_sync_use = /*(NVDLA_HLS_ADD17_LATENCY == 4) ?*/ cur_datin_disable_sync_use_d4/* : cur_datin_disable_sync_use_d3*/;
assign data_buf_lc = /*(NVDLA_HLS_ADD17_LATENCY == 4) ?*/ data_buf_lc_d4 /* : data_buf_lc_d3               */;
//============================================================
//pooling send out
//
//------------------------------------------------------------
//for NVDLA_HLS_ADD17_LATENCY==3
//&Always posedge;
// if(add_out_vld)
// pooling_out_vld_d3 <0=1'b1;
// else if(pooling_out_prdy)
// pooling_out_vld_d3 <0= 1'b0;
//&End;
assign pooling_out_vld = /*(NVDLA_HLS_ADD17_LATENCY == 4) ? */add_out_vld/* : pooling_out_vld_d3*/;
assign pooling_out_pvld = pooling_out_vld;
always @(posedge nvdla_core_clk or negedge nvdla_core_rstn) begin
  if (!nvdla_core_rstn) begin
    pooling_cnt <= 0;
  end else begin
    if(pooling_out_vld & pooling_out_prdy & ((pooling_din_last_sync_use & (~cur_datin_disable_sync_use)) | last_out_en))begin
//: my $k = int(32 / 8);
//: print qq(
//: if(pooling_cnt==(5'd${k} -1))
//: );
//| eperl: generated_beg (DO NOT EDIT BELOW)

if(pooling_cnt==(5'd4 -1))

//| eperl: generated_end (DO NOT EDIT ABOVE)
             pooling_cnt <= 0;
         else
             pooling_cnt <= pooling_cnt +1'd1;
     end
   end
 end
always @(*) begin
    if(last_out_en) begin
        case(pooling_cnt)
//: my $k = int(32 / 8);
//: foreach my $m (0..$k-1) {
//: print "5'd${m}:    pooling_out = flush_out$m; \n";
//: }
//| eperl: generated_beg (DO NOT EDIT BELOW)
5'd0:    pooling_out = flush_out0; 
5'd1:    pooling_out = flush_out1; 
5'd2:    pooling_out = flush_out2; 
5'd3:    pooling_out = flush_out3; 

//| eperl: generated_end (DO NOT EDIT ABOVE)
         default: pooling_out = 0;
        endcase
    end else begin
        case(pooling_cnt)
//: my $k = int(32 / 8);
//: foreach my $m (0..$k-1) {
//: print "5'd${m}:    pooling_out = {data_buf_lc,pooling_out_size_sync_use,data_buf${m}}; \n";
//: }
//| eperl: generated_beg (DO NOT EDIT BELOW)
5'd0:    pooling_out = {data_buf_lc,pooling_out_size_sync_use,data_buf0}; 
5'd1:    pooling_out = {data_buf_lc,pooling_out_size_sync_use,data_buf1}; 
5'd2:    pooling_out = {data_buf_lc,pooling_out_size_sync_use,data_buf2}; 
5'd3:    pooling_out = {data_buf_lc,pooling_out_size_sync_use,data_buf3}; 

//| eperl: generated_end (DO NOT EDIT ABOVE)
         default: pooling_out = 0;
        endcase
    end
end
//////////////////////////////////////////////
//output latch in line end for flush
always @(posedge nvdla_core_clk or negedge nvdla_core_rstn) begin
  if (!nvdla_core_rstn) begin
//: my $k = int(32 / 8);
//: foreach my $m (0..$k-1) {
//: print "flush_out$m <= 0; \n";
//: }
//| eperl: generated_beg (DO NOT EDIT BELOW)
flush_out0 <= 0; 
flush_out1 <= 0; 
flush_out2 <= 0; 
flush_out3 <= 0; 

//| eperl: generated_end (DO NOT EDIT ABOVE)
  end else begin
    if(pooling_din_last_sync_use & (~cur_datin_disable_sync_use)) begin
        case(buf_sel_sync_use)
//: my $k = int(32 / 8);
//: foreach my $m (0..$k-1) {
//: print "5'd${m}: flush_out$m <= {data_buf_lc,pooling_out_size_sync_use,data_buf${m}}; \n";
//: }
//| eperl: generated_beg (DO NOT EDIT BELOW)
5'd0: flush_out0 <= {data_buf_lc,pooling_out_size_sync_use,data_buf0}; 
5'd1: flush_out1 <= {data_buf_lc,pooling_out_size_sync_use,data_buf1}; 
5'd2: flush_out2 <= {data_buf_lc,pooling_out_size_sync_use,data_buf2}; 
5'd3: flush_out3 <= {data_buf_lc,pooling_out_size_sync_use,data_buf3}; 

//| eperl: generated_end (DO NOT EDIT ABOVE)
//VCS coverage off
        default: begin
//: my $k = int(32 / 8);
//: foreach my $m (0..$k-1) {
//: print "flush_out$m <= flush_out${m}; \n";
//: }
//| eperl: generated_beg (DO NOT EDIT BELOW)
flush_out0 <= flush_out0; 
flush_out1 <= flush_out1; 
flush_out2 <= flush_out2; 
flush_out3 <= flush_out3; 

//| eperl: generated_end (DO NOT EDIT ABOVE)
        end
//VCS coverage on
        endcase
    end
  end
end
//////////////////////////////////////////////
endmodule // NV_NVDLA_PDP_CORE_unit1d